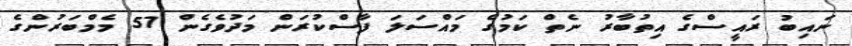
ނައިބު ރައީސްގެ އިތުބާރު ނެތް ކަމުގެ މައްސަލަ ފާސްކުރަން މަދުވެގެން 57 މެމްބަރުންގެ